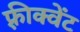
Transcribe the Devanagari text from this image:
फ़्रीक्वेंट